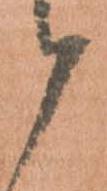
候